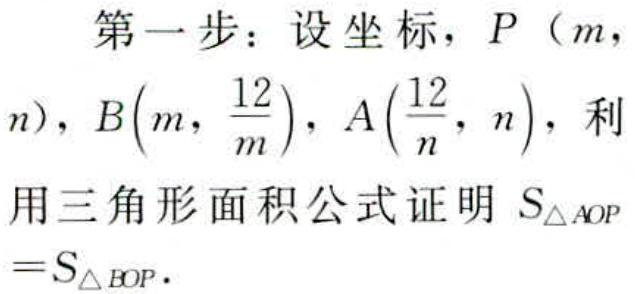
第一步：设坐标，\(P（m，n）\)，\(B\left(m,\frac{12}{m}\right)\)，\(A\left(\frac{12}{n},n\right)\)，利用三角形面积公式证明 \(S_{\triangle AOP}=S_{\triangle BOP}\)．